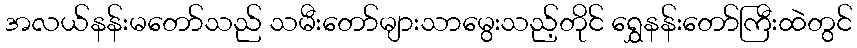
အလယ်နန်းမတော်သည် သမီးတော်များသာမွေးသည့်တိုင် ရွှေနန်းတော်ကြီးထဲတွင်